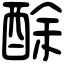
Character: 酴